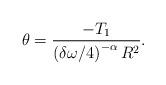
LaTeX: \begin{align*}\theta = \frac{-T_1}{\left(\delta \omega / 4\right)^{-\alpha} R^2}.\end{align*}